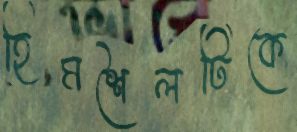
হিমশৈলটিকে